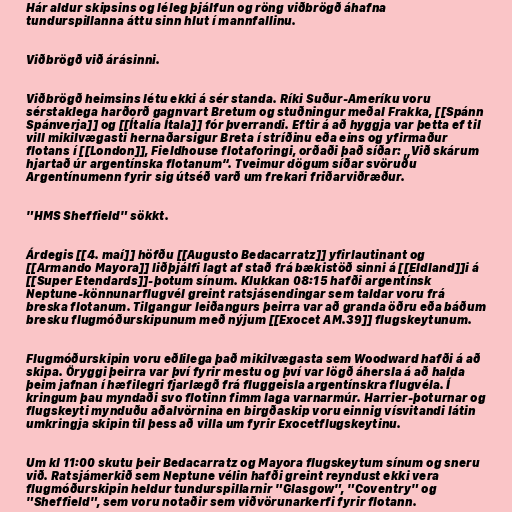
Hár aldur skipsins og léleg þjálfun og röng viðbrögð áhafna
tundurspillanna áttu sinn hlut í mannfallinu.

Viðbrögð við árásinni.

Viðbrögð heimsins létu ekki á sér standa. Ríki Suður-Ameríku voru
sérstaklega harðorð gagnvart Bretum og stuðningur meðal Frakka, [[Spánn
Spánverja]] og [[Ítalía Ítala]] fór þverrandi. Eftir á að hyggja var þetta ef til
vill mikilvægasti hernaðarsigur Breta í stríðinu eða eins og yfirmaður
flotans í [[London]], Fieldhouse flotaforingi, orðaði það síðar: „Við skárum
hjartað úr argentínska flotanum“. Tveimur dögum síðar svöruðu
Argentínumenn fyrir sig útséð varð um frekari friðarviðræður.

"HMS Sheffield" sökkt.

Árdegis [[4. maí]] höfðu [[Augusto Bedacarratz]] yfirlautinant og
[[Armando Mayora]] liðþjálfi lagt af stað frá bækistöð sinni á [[Eldland]]i á
[[Super Etendards]]-þotum sínum. Klukkan 08:15 hafði argentínsk
Neptune-könnunarflugvél greint ratsjásendingar sem taldar voru frá
breska flotanum. Tilgangur leiðangurs þeirra var að granda öðru eða báðum
bresku flugmóðurskipunum með nýjum [[Exocet AM.39]] flugskeytunum.

Flugmóðurskipin voru eðlilega það mikilvægasta sem Woodward hafði á að
skipa. Öryggi þeirra var því fyrir mestu og því var lögð áhersla á að halda
þeim jafnan í hæfilegri fjarlægð frá fluggeisla argentínskra flugvéla. Í
kringum þau myndaði svo flotinn fimm laga varnarmúr. Harrier-þoturnar og
flugskeyti mynduðu aðalvörnina en birgðaskip voru einnig vísvitandi látin
umkringja skipin til þess að villa um fyrir Exocetflugskeytinu.

Um kl 11:00 skutu þeir Bedacarratz og Mayora flugskeytum sínum og sneru
við. Ratsjámerkið sem Neptune vélin hafði greint reyndust ekki vera
flugmóðurskipin heldur tundurspillarnir "Glasgow", "Coventry" og
"Sheffield", sem voru notaðir sem viðvörunarkerfi fyrir flotann.